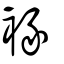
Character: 褖